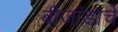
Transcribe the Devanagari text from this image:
बीजांडाचे